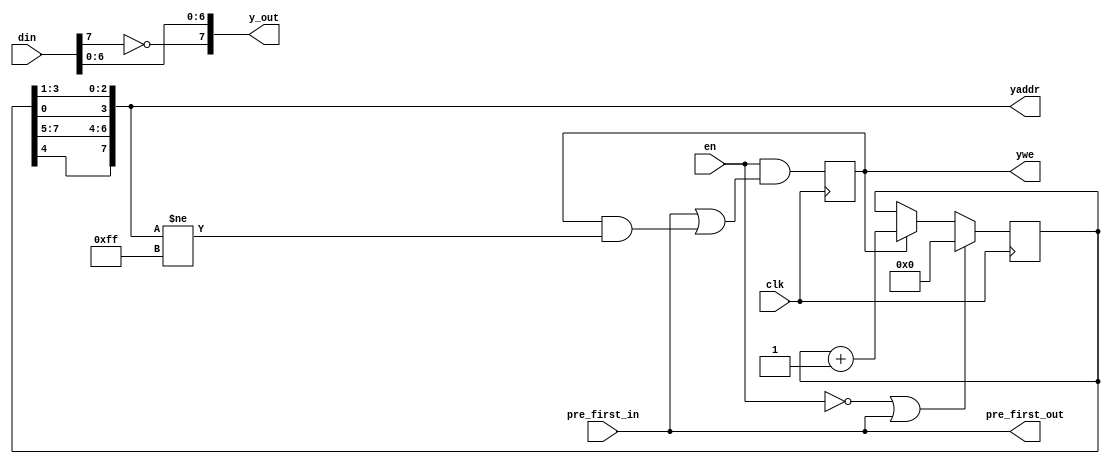
module csconvert_jp4  (en,
                       clk,
                       din,
                       pre_first_in,
                       y_out,
                       yaddr,
                       ywe,
                       pre_first_out);
    input        en;
    input        clk;         
    input  [7:0] din; 
    input        pre_first_in;      
    output [7:0] y_out;  
    output [7:0] yaddr; 
    output       ywe;    
    output       pre_first_out;
    wire         pre_first_out= pre_first_in;
    wire   [7:0] y_out=         {~din[7],din[6:0]};
    reg    [7:0] yaddr_cntr;
    reg          ywe;
    wire   [7:0] yaddr= {yaddr_cntr[4],yaddr_cntr[7:5],yaddr_cntr[0],yaddr_cntr[3:1]};
    always @ (posedge clk) begin
      ywe <= en & (pre_first_in || (ywe && (yaddr[7:0] !=8'hff)));
      if (!en || pre_first_in) yaddr_cntr[7:0] <= 8'h0;
      else if (ywe)            yaddr_cntr[7:0] <= yaddr_cntr[7:0] + 1;
    end
endmodule